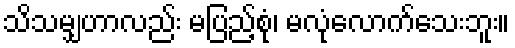
သိသမျှဟာလည်း မပြည့်စုံ၊ မလုံလောက်သေးဘူး။